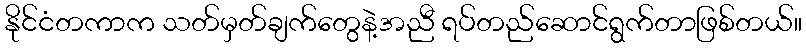
နိုင်ငံတကာက သတ်မှတ်ချက်တွေနဲ့အညီ ရပ်တည်ဆောင်ရွက်တာဖြစ်တယ်။